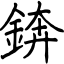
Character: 錛